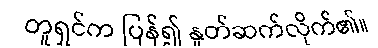
တူရှင်က ပြန်၍ နှုတ်ဆက်လိုက်၏။